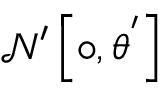
\mathcal { N } ^ { \prime } \left[ \circ , \theta ^ { ' } \right]